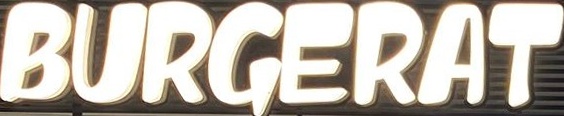
BURGERAT